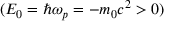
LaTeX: ( E _ { 0 } = \hbar \omega _ { p } = - m _ { 0 } c ^ { 2 } > 0 )